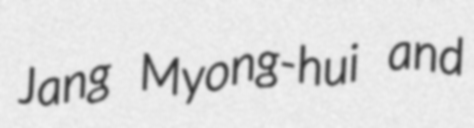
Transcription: Jang Myong-hui and